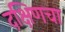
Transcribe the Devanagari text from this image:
दक्षिणचा